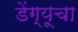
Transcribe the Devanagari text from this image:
डेंग्यूचा